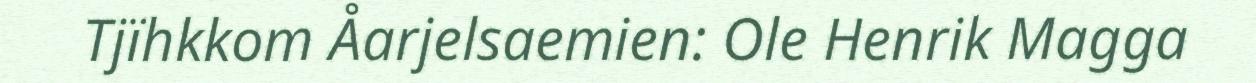
Tjïhkkom Åarjelsaemien: Ole Henrik Magga